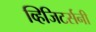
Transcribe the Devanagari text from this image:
व्हिजिटर्सनी